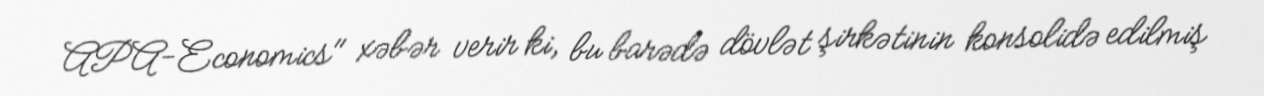
APA-Economics" xəbər verir ki, bu barədə dövlət şirkətinin konsolidə edilmiş